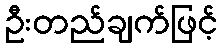
ဦးတည်ချက်ဖြင့်